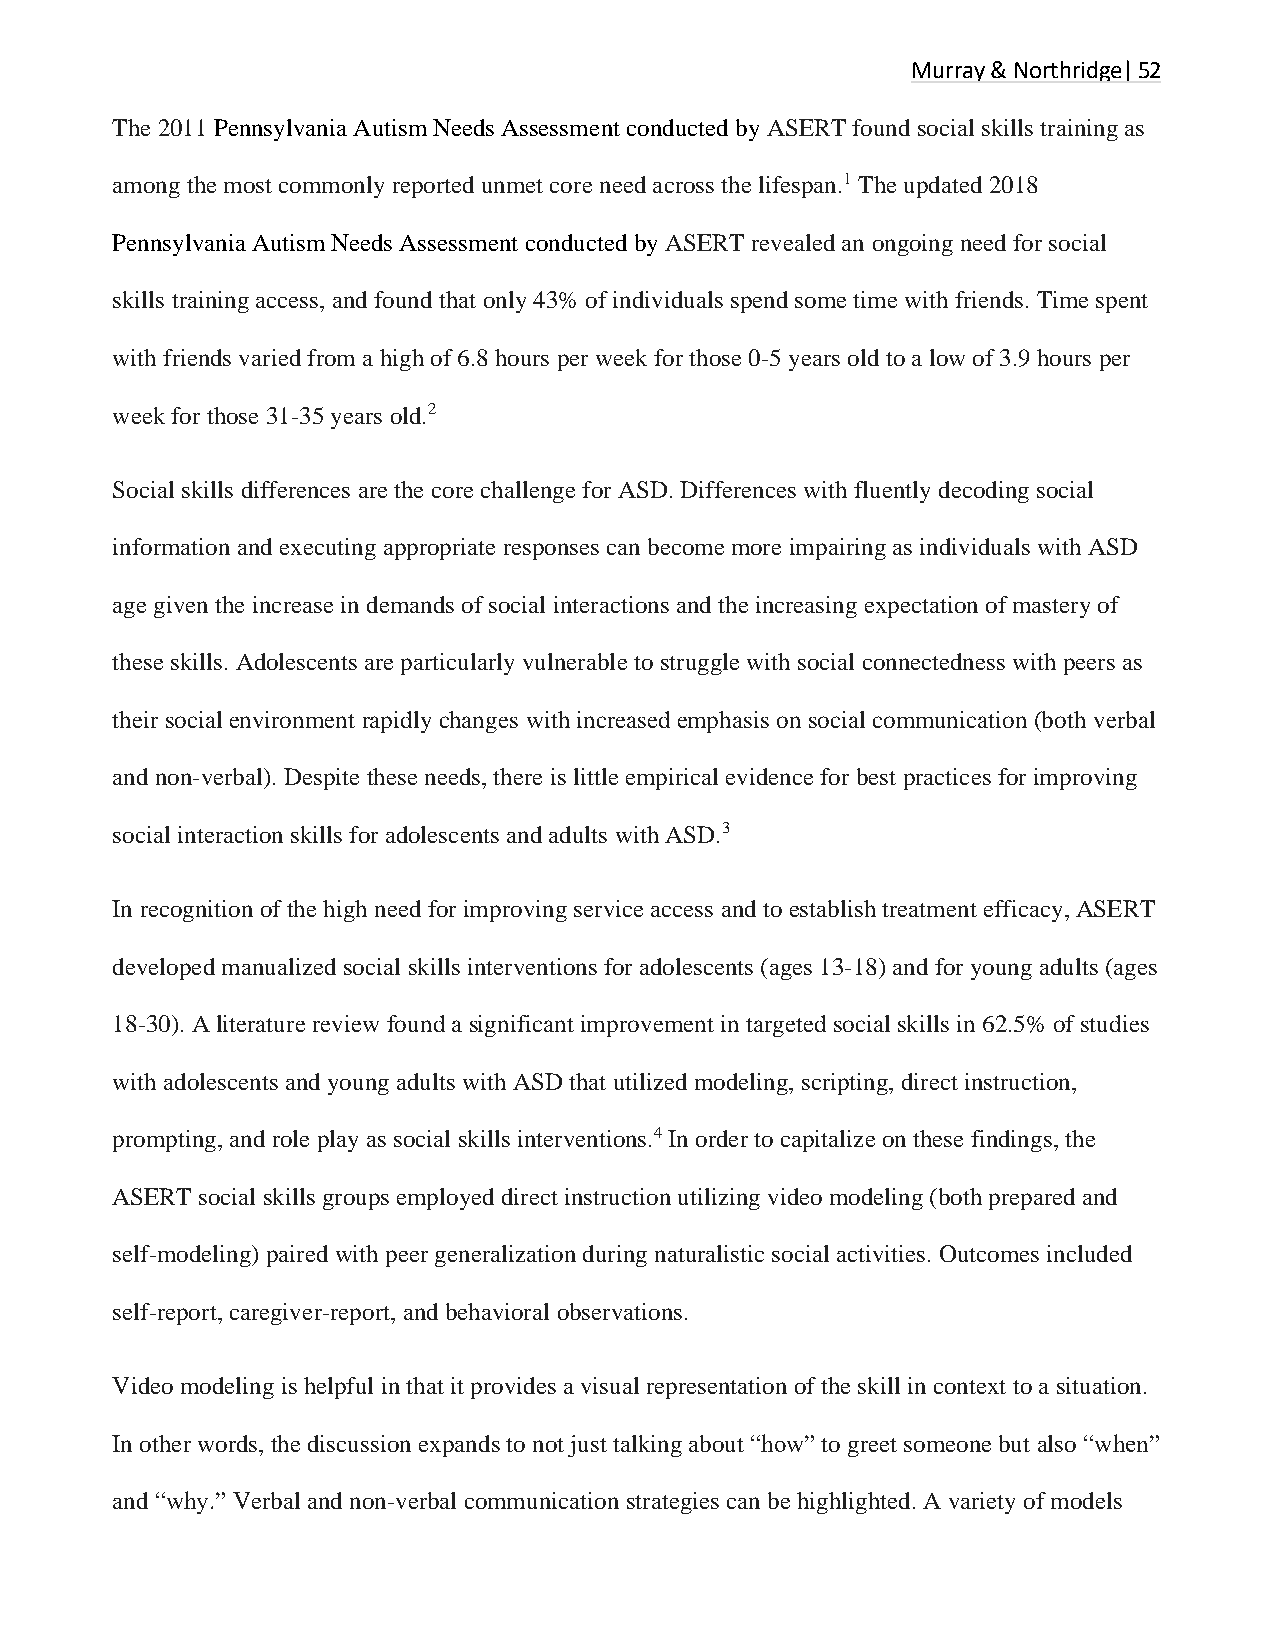
Murray & Northridge| 52
 The 2011 Pennsylvania Autism Needs Assessment conducted by ASERT found social skills training as
 among the most commonly reported unmet core need across the lifespan.1 The updated 2018
 Pennsylvania Autism Needs Assessment conducted by ASERT revealed an ongoing need for social
 skills training access, and found that only 43% of individuals spend some time with friends. Time spent
 with friends varied from a high of 6.8 hours per week for those 0-5 years old to a low of 3.9 hours per
 week for those 31-35 years old.2
 Social skills differences are the core challenge for ASD. Differences with fluently decoding social
 information and executing appropriate responses can become more impairing as individuals with ASD
 age given the increase in demands of social interactions and the increasing expectation of mastery of
 these skills. Adolescents are particularly vulnerable to struggle with social connectedness with peers as
 their social environment rapidly changes with increased emphasis on social communication (both verbal
 and non-verbal). Despite these needs, there is little empirical evidence for best practices for improving
 social interaction skills for adolescents and adults with ASD.3
 In recognition of the high need for improving service access and to establish treatment efficacy, ASERT
 developed manualized social skills interventions for adolescents (ages 13-18) and for young adults (ages
 18-30). A literature review found a significant improvement in targeted social skills in 62.5% of studies
 with adolescents and young adults with ASD that utilized modeling, scripting, direct instruction,
 prompting, and role play as social skills interventions.4 In order to capitalize on these findings, the
 ASERT social skills groups employed direct instruction utilizing video modeling (both prepared and
 self-modeling) paired with peer generalization during naturalistic social activities. Outcomes included
 self-report, caregiver-report, and behavioral observations.
 Video modeling is helpful in that it provides a visual representation of the skill in context to a situation.
 In other words, the discussion expands to not just talking about “how” to greet someone but also “when”
 and “why.” Verbal and non-verbal communication strategies can be highlighted. A variety of models